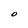
Character: O